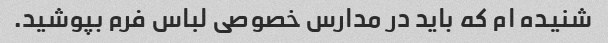
شنیده ام که باید در مدارس خصوصی لباس فرم بپوشید.